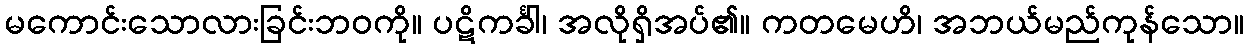
မကောင်းသောလားခြင်းဘဝကို။ ပဋိကင်္ခါ၊ အလိုရှိအပ်၏။ ကတမေဟိ၊ အဘယ်မည်ကုန်သော။